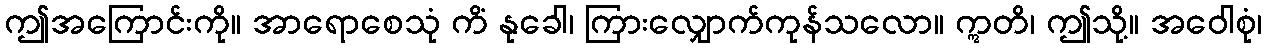
ဤအကြောင်းကို။ အာရောစေသုံ ကိံ နုခေါ၊ ကြားလျှောက်ကုန်သလော။ ဣတိ၊ ဤသို့။ အဝေါစုံ၊